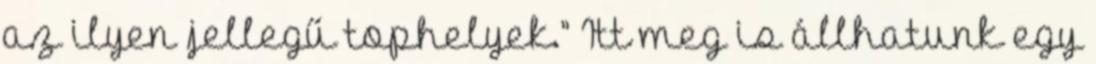
az ilyen jellegű tophelyek.” Itt meg is állhatunk egy